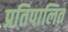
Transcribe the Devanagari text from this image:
प्रतिपालित